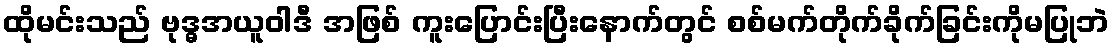
ထိုမင်းသည် ဗုဒ္ဓအယူဝါဒီ အဖြစ် ကူးပြောင်းပြီးနောက်တွင် စစ်မက်တိုက်ခိုက်ခြင်းကိုမပြုဘဲ